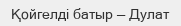
Қойгелді батыр — Дулат